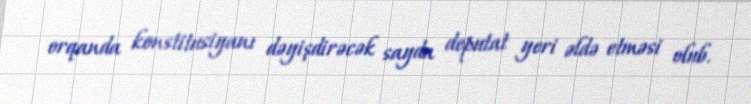
orqanda konstitusiyanı dəyişdirəcək sayda deputat yeri əldə etməsi olub.